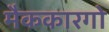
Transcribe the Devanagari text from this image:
मैककारगो